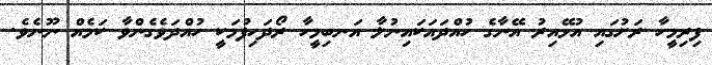
ފިރިމީހާ ރަށުގައި އުޅޭއިރު އޭނާގެ ހުއްދައަކައިނުލާ އަނބިމީހާ ރޯދަހިފުމަކީ ހުއްދަވެގެންވާ ކަމެއް ނޫނެވެ.